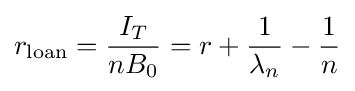
r_{\text{loan}}={\frac {I_{T}}{nB_{0}}}=r+{\frac {1}{\lambda _{n}}}-{\frac {1}{n}}